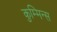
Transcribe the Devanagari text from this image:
कुम्मिन्स